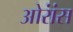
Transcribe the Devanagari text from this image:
ओरांंस